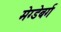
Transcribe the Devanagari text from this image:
मेग्डेबर्ग